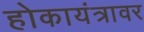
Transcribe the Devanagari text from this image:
होकायंत्रावर